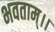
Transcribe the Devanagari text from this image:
भवताम्।।